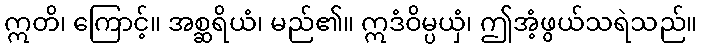
ဣတိ၊ ကြောင့်။ အစ္ဆရိယံ၊ မည်၏။ ဣဒံဝိမ္ပယှံ၊ ဤအံ့ဖွယ်သရဲသည်။